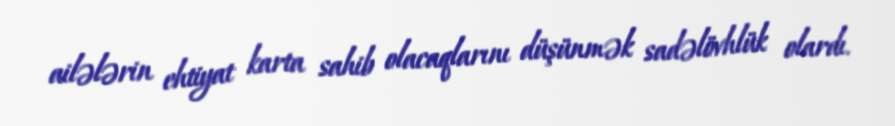
ailələrin ehtiyat karta sahib olacaqlarını düşünmək sadəlövhlük olardı.